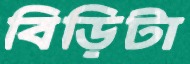
বিড়িটা